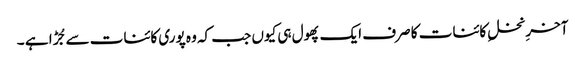
آخرِ نخلِ کائنات کا صرف ایک پھول ہی کیوں جب کہ وہ پوری کائنات سے جُڑا ہے ۔